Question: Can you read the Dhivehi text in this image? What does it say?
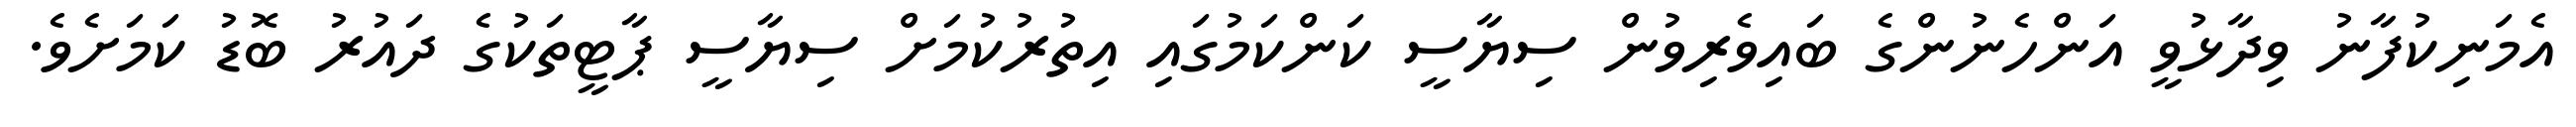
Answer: އެމަނިކުފާނު ވިދާޅުވީ އަންހެނުންގެ ބައިވެރިވުން ސިޔާސީ ކަންކަމުގައި އިތުރުކުމަށް ސިޔާސީ ޕާޓީތަކުގެ ދައުރު ބޮޑު ކަމަށެވެ.